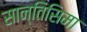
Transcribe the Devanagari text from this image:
सान्तिसिमा